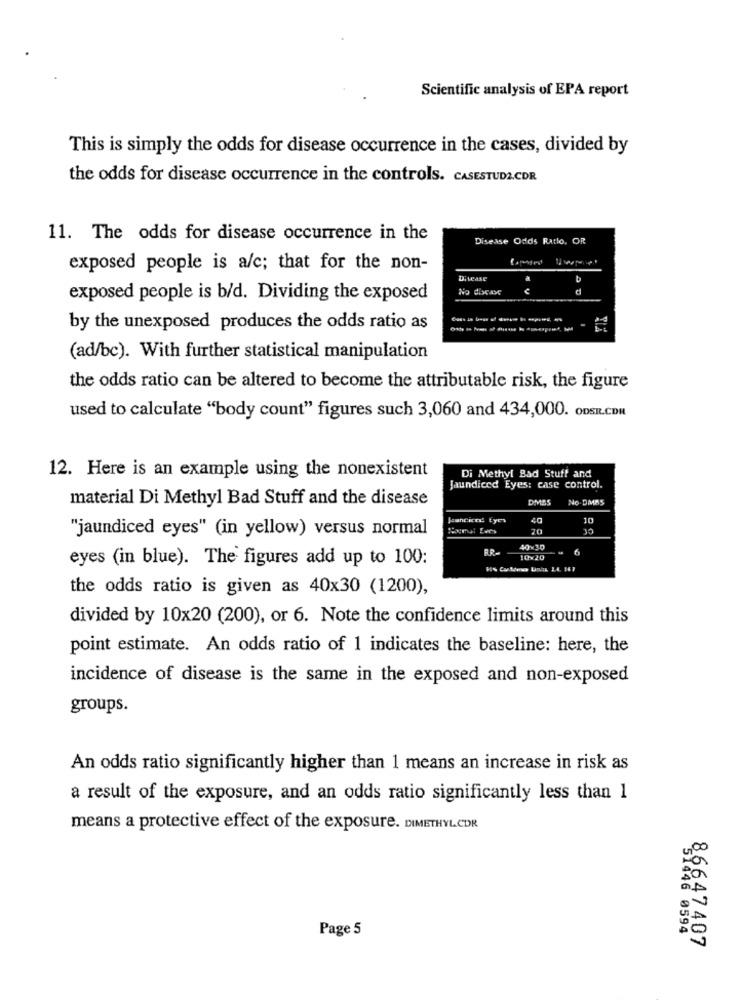
Scientific analysis of EPA report
This is simply the odds for disease occurrence in the cases, divided by
the odds for disease occurrence in the controls. CASESTUDA.CDR
11. The odds for disease occurrence in the
Disease Odds Ratio, OR
exposed people is a/c; that for the non-
Disease
b
No disease
exposed people is b/d. Dividing the exposed
by the unexposed produces the odds ratio as
-
(ad/bc). With further statistical manipulation
the odds ratio can be altered to become the attributable risk, the figure
used to calculate "body count" figures such 3,060 and 434,000. ODSIL.COM
12. Here is an example using the nonexistent
Di Methyl Bad Stuff and
Jaundiced Eyes: case control.
material Di Methyl Bad Stuff and the disease
DMS5
No.DMAS
Jeancice! Eyes
40
10
"jaundiced eyes" (in yellow) versus normal
70
35
40 30
eyes (in blue). The figures add up to 100:
10×20
the odds ratio is given as 40x30 (1200),
divided by 10x20 (200), or 6. Note the confidence limits around this
point estimate. An odds ratio of 1 indicates the baseline: here, the
incidence of disease is the same in the exposed and non-exposed
groups.
An odds ratio significantly higher than 1 means an increase in risk as
a result of the exposure, and an odds ratio significantly less than 1
means a protective effect of the exposure. DIMETHYLCDR
Page 5
86647407